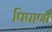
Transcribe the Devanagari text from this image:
पिपाणी